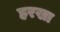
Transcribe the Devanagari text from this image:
हरखा